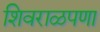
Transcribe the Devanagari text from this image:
शिवराळपणा